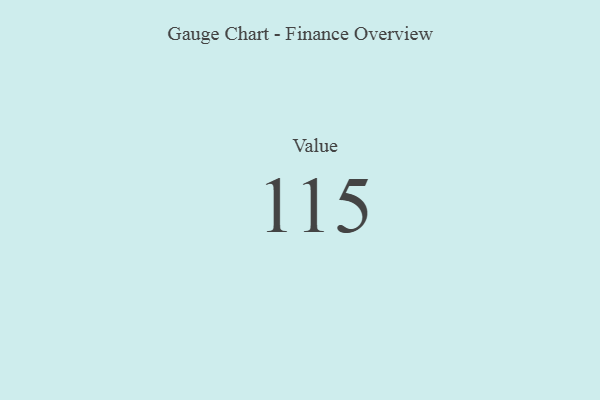
{"axis": {"x": "Metric", "y": "Value"}, "legend": [""], "data": [{"x": "Value", "y": 115, "type": ""}]}